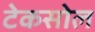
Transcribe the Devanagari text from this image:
टेकसोल